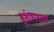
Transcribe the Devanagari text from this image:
हुशंगशाह